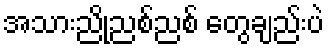
အသားညိုညစ်ညစ် တွေချည်းပဲ